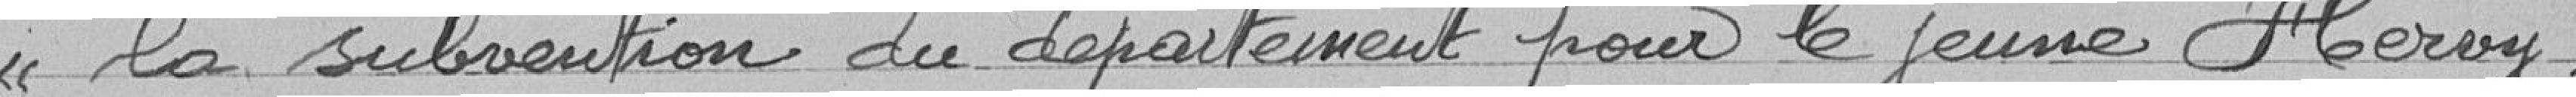
la subvention du département pour le jeune Hervy,